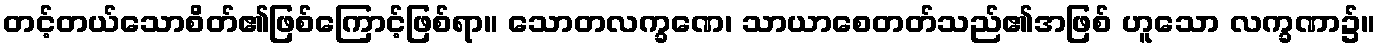
တင့်တယ်သောစိတ်၏ဖြစ်ကြောင့်ဖြစ်ရာ။ သောတလက္ခဏေ၊ သာယာစေတတ်သည်၏အဖြစ် ဟူသော လက္ခဏာ၌။